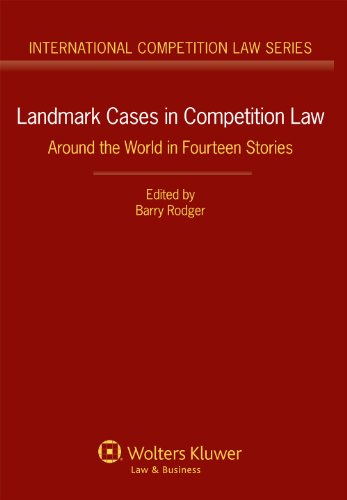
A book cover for Landmark Cases in Competition Law: Around the World in Fourteen Stories (International Competition Law); Barry Rodger; Law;